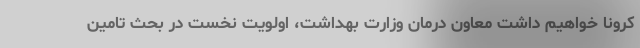
کرونا خواهیم داشت معاون درمان وزارت بهداشت، اولویت نخست در بحث تامین